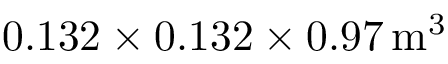
0 . 1 3 2 \times 0 . 1 3 2 \times 0 . 9 7 \, \mathrm { { m ^ { 3 } } }